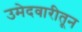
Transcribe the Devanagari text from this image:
उमेदवारीतून